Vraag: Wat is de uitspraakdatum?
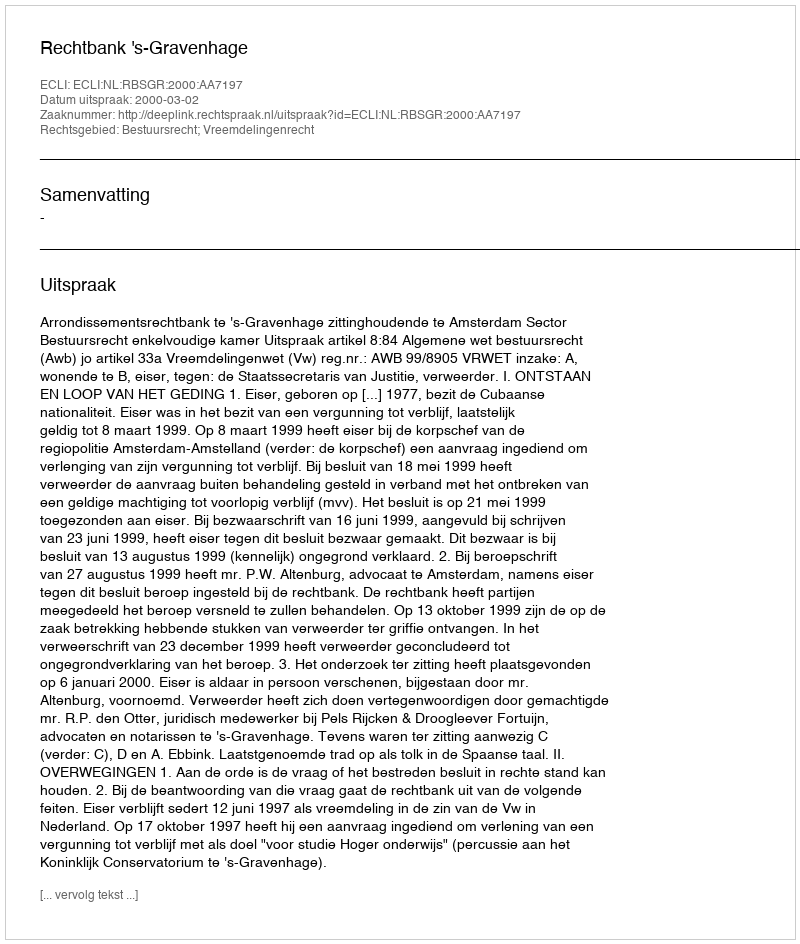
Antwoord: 2000-03-02